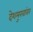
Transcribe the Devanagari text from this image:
देशमुखांवर